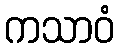
ကသာဝံ